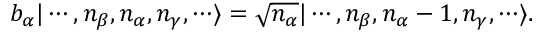
b _ { \alpha } | \cdots , n _ { \beta } , n _ { \alpha } , n _ { \gamma } , \cdots \rangle = { \sqrt { n _ { \alpha } } } | \cdots , n _ { \beta } , n _ { \alpha } - 1 , n _ { \gamma } , \cdots \rangle .